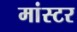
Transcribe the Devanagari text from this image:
मांस्टर